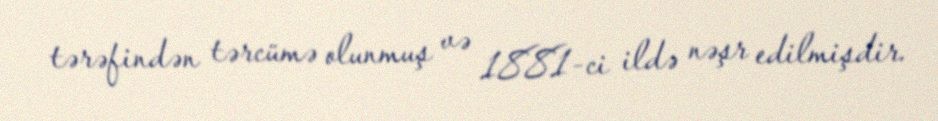
tərəfindən tərcümə olunmuş və 1881-ci ildə nəşr edilmişdir.